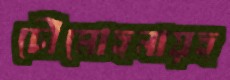
চৌমোহনায়হ